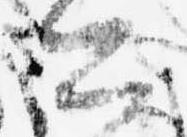
公